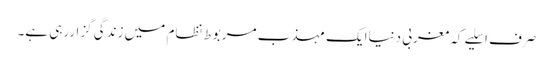
صرف اسلیے کہ مغربی دنیاایک مہذب مربوط نظام میں زندگی گزاررہی ہے۔